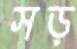
সড়